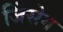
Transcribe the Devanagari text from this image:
जिंसेग